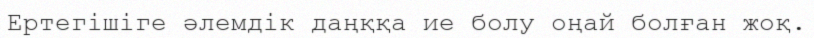
Ертегішіге әлемдік даңққа ие болу оңай болған жоқ.